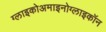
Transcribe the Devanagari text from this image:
ग्लाइकोअमाइनोग्लाइकॉन